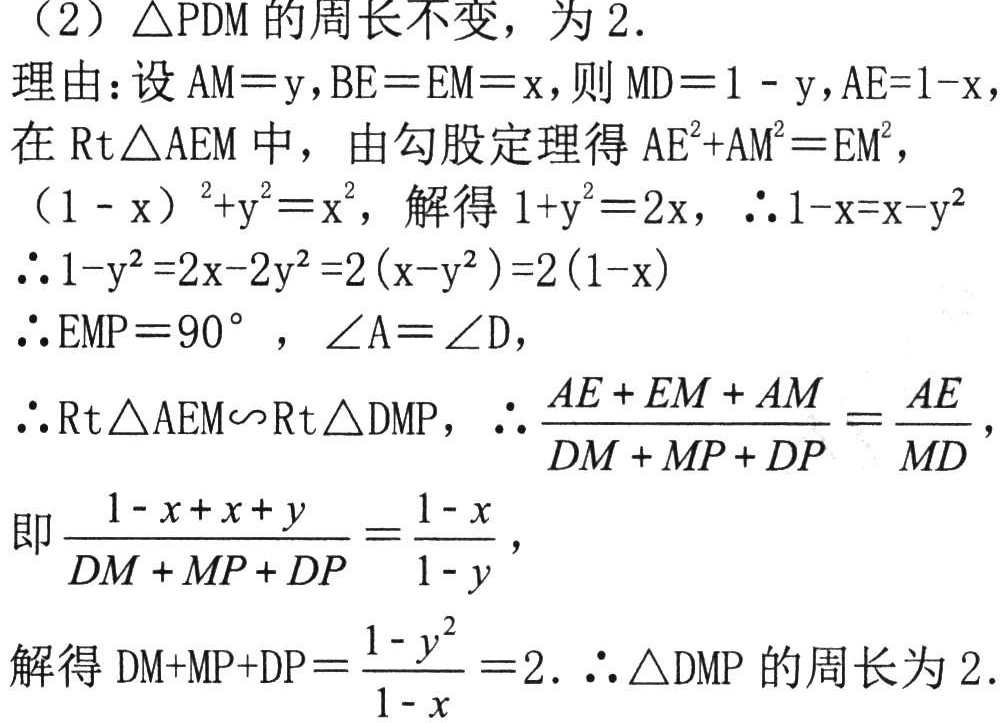
（2）\(\triangle PDM\)的周长不变，为 \(2\).

理由：设 \(AM = y\)，\(BE = EM = x\)，则 \(MD = 1 - y\)，\(AE = 1 - x\)，

在 \(\text{Rt}\triangle AEM\) 中，由勾股定理得 \(AE^{2}+AM^{2}=EM^{2}\)，

\((1 - x)^{2}+y^{2}=x^{2}\)，解得 \(1 + y^{2}=2x\)，\(\therefore 1 - x=x - y^{2}\)

\(\therefore 1 - y^{2}=2x - 2y^{2}=2(x - y^{2})=2(1 - x)\)

\(\therefore \angle EMP = 90^{\circ}\)，\(\angle A=\angle D\)，

\(\therefore \text{Rt}\triangle AEM\sim\text{Rt}\triangle DMP\)，\(\therefore \frac{AE + EM + AM}{DM + MP + DP}=\frac{AE}{MD}\)，

即 \(\frac{1 - x + x + y}{DM + MP + DP}=\frac{1 - x}{1 - y}\)，

解得 \(DM + MP + DP=\frac{1 - y^{2}}{1 - x}=2\). \(\therefore \triangle DMP\) 的周长为 \(2\).